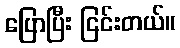
ပြောပြီး ငြင်းတယ်။